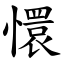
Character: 懁